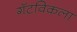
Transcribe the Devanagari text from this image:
गॅटविकला